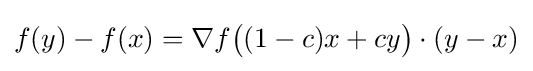
f(y)-f(x)=\nabla f{\big (}(1-c)x+cy{\big )}\cdot (y-x)